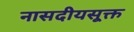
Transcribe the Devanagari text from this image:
नासदीयसूक्त